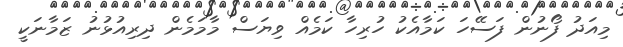
މިއަދު ފޯނުން ފަސޭހަ ކަމާއެކު ހުރިހާ ކަމެއް ވިޔަސް މާމަމެން ދިރިއުޅުނު ޒަމާނަކީ